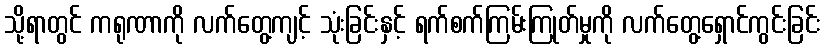
သို့ရာတွင် ကရုဏာကို လက်တွေ့ကျင့် သုံးခြင်းနှင့် ရက်စက်ကြမ်းကြုတ်မှုကို လက်တွေ့ရှောင်ကွင်းခြင်း